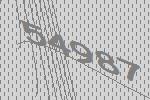
54987